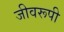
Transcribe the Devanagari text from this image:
जीवरूपी